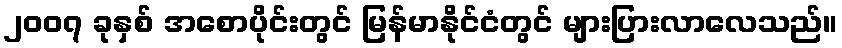
၂၀၀၇ ခုနှစ် အစောပိုင်းတွင် မြန်မာနိုင်ငံတွင် များပြားလာလေသည်။